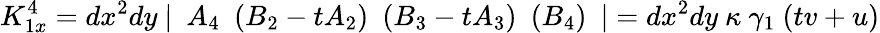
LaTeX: K_{1x}^{4}=dx^{2}dy~\vert~~A_{4}~~(B_{2}-tA_{2})~~(B_{3}-tA_{3})~~(B_{4})~~\vert=dx^{2}dy~\kappa~\gamma_{1}~(tv+u)